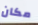
مكان